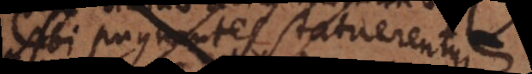
sibi pugnantes statueruntur.